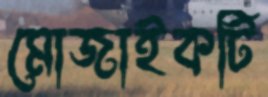
মোজাইকটি